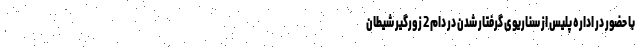
با حضور در اداره پلیس از سناریوی گرفتار شدن در دام 2 زورگیر شیطان